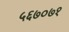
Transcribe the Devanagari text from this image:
५६७०७१